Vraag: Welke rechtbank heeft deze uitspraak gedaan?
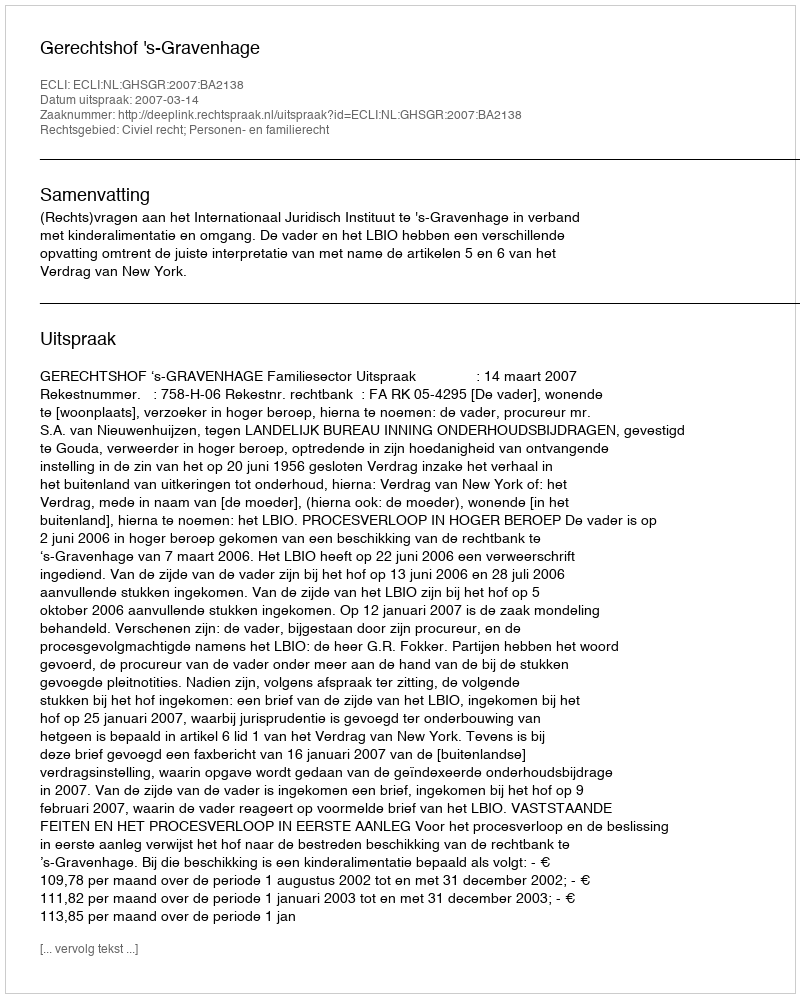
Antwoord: Gerechtshof 's-Gravenhage